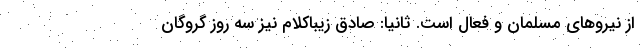
از نیروهای مسلمان و فعال است. ثانیا: صادق زیباکلام نیز سه روز گروگان